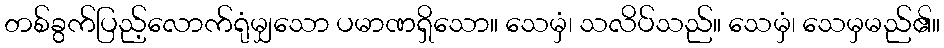
တစ်ခွက်ပြည့်လောက်ရုံမျှသော ပမာဏရှိသော။ သေမှံ၊ သလိပ်သည်။ သေမှံ၊ သေမှမည်၏။